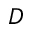
D